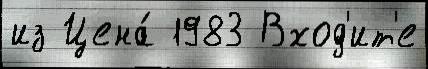
из Цена́ 1983 Вход'ит'е